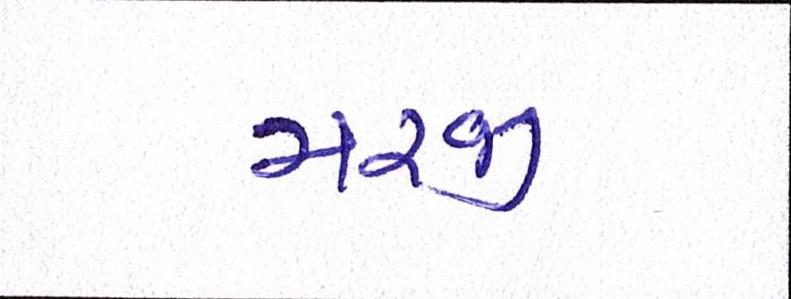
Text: મરજી